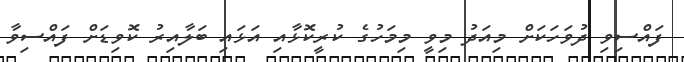
ފައްސިވި ދުވަހަކަށް މިއަދު މިވީ މިމަހުގެ ކުރީކޮޅާއި އަޅައި ބަލާއިރު ކޮވިޑަށް ފައްސިވާ